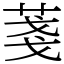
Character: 菚